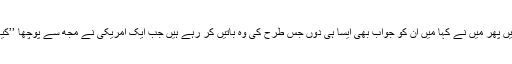
میرے دوست کہتے ہیں کہ کچھ دن تو میں نے امریکیوں کی یہ باتیں سنیں پھر میں نے کہا میں ان کو جواب بھی ایسا ہی دوں جس طرح کی وہ باتیں کر رہے ہیں جب ایک امریکی نے مجھ سے پوچھا ’’کیا واقعی تمہارے ملک میں اب تک لڑکیوں کو تعلیم کی اجازت نہیں ہے ؟